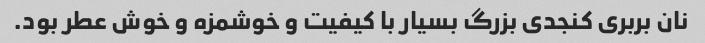
نان بربری کنجدی بزرگ بسیار با کیفیت و خوشمزه و خوش عطر بود.